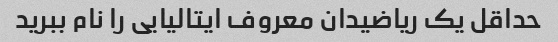
حداقل یک ریاضیدان معروف ایتالیایی را نام ببرید